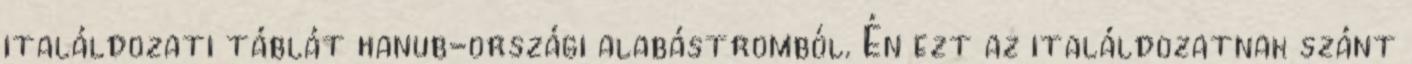
italáldozati táblát hanub-országi alabástromból. Én ezt az italáldozatnak szánt